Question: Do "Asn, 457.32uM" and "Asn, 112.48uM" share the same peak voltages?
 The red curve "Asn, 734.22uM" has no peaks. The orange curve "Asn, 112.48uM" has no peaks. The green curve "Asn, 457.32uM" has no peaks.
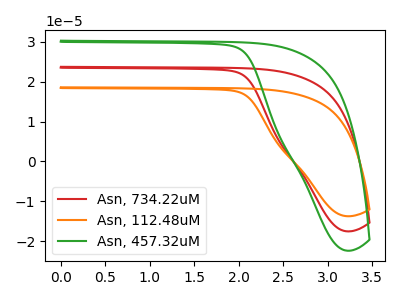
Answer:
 <answer>Niether CV has any peaks.</answer>
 <eval>blanks</eval>